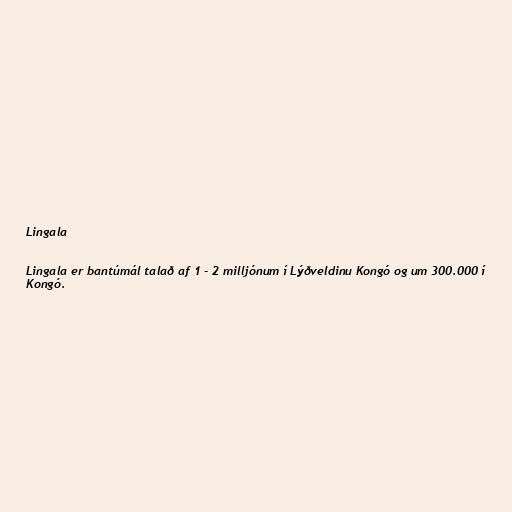
Lingala

Lingala er bantúmál talað af 1 - 2 milljónum í Lýðveldinu Kongó og um 300.000 í
Kongó.